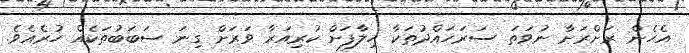
އެހެން ރަށްރަށާ ނުވަތަ ސަރަހައްދުތަކާ ހިލާފަށް ކުރިއަރާ ވަރަށް ގިނަ ސަބަބުތަކެއް ހުރެއެވެ.